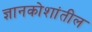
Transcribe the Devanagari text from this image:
ज्ञानकोशांतील